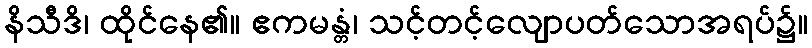
နိသီဒိ၊ ထိုင်နေ၏။ ဧကမန္တံ၊ သင့်တင့်လျောပတ်သောအရပ်၌။